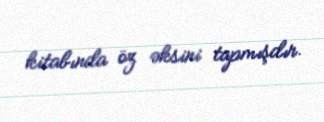
kitabında öz əksini tapmışdır.